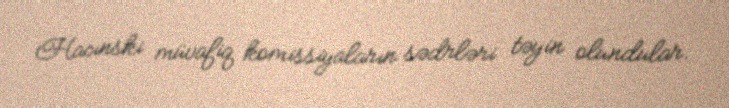
Hacınski müvafiq komissiyaların sədrləri təyin olundular.